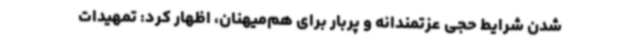
شدن شرایط حجی عزتمندانه و پربار برای هم‌میهنان، اظهار کرد: تمهیدات